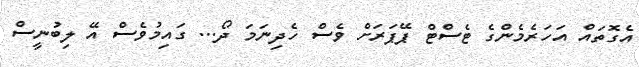
އެގޮތައް އަހަރެމެންގެ ޓެސްޓް ޕޭޕަރަށް ވެސް ހެދިނަމަ ދޯ... ގައިމުވެސް އޭ ލިބުނީސް